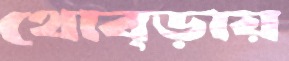
থোব্‌ড়ায়